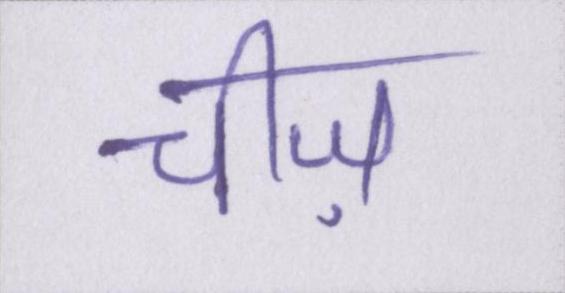
चीज़